Vaccination in Burma 1900-1911 - 1900-1911
Year: 1900
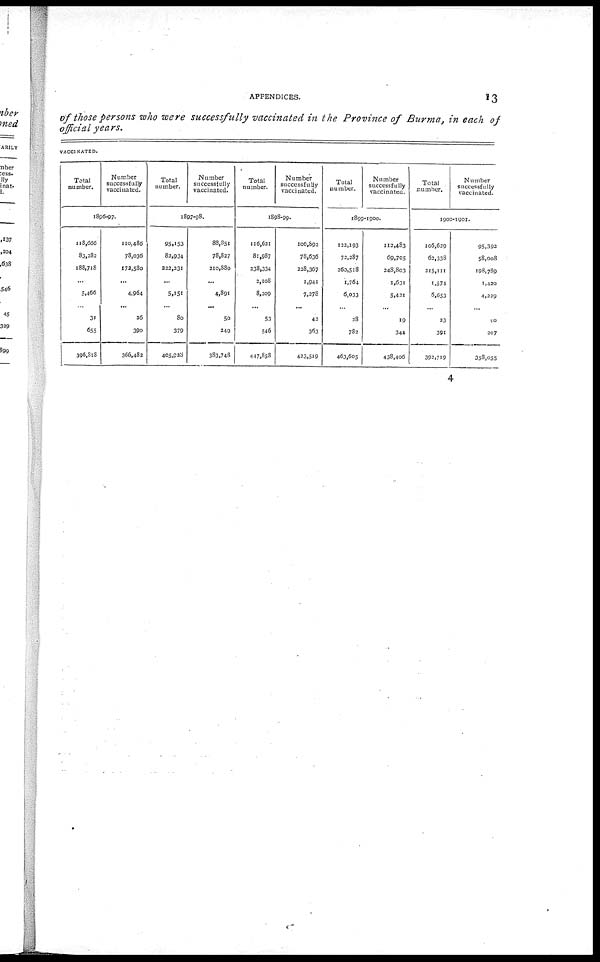
APPENDICES.
13
of those persons who were successfully vaccinated in the Province of Burma, in each of
official years.
VACCINATED.
Total
number.
Number
successfully
vaccinated.
1896-97
118,666
83,282
188,718
...
5,466
31
655
396,818
110,486
78,036
172,580
...
4,964
26
390
366,482
Total
number.
Number
successfully
vaccinated.
1897-98.
95,153
82,934
322,231
...
5,151
80
379
405,928
88,851
78,827
210,880
...
4,891
50
249
383,748
Total
number.
Number
successfully
vaccinated.
1898-99.
116,621
81,987
238,334
2,108
8,209
53
546
447,858
106,892
78,636
228,367
1,941
7,278
42
363
423,519
Total
number.
Number
successfully
vaccinated.
1899-1900.
122,193
72,287
260,518
1,764
6,033
28
782
463,605
112,483
69,705
248,803
1,631
5,421
19
344
438,406
Total
number.
Number
successfully
vaccinated.
1900-1901.
106,629
62,338
215,111
1,574
6,653
23
391
392,719
95,392
58,008
198,789
1,420
4,229
10
207
358,055
4